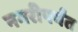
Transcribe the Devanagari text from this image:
नगरीपर्यंत